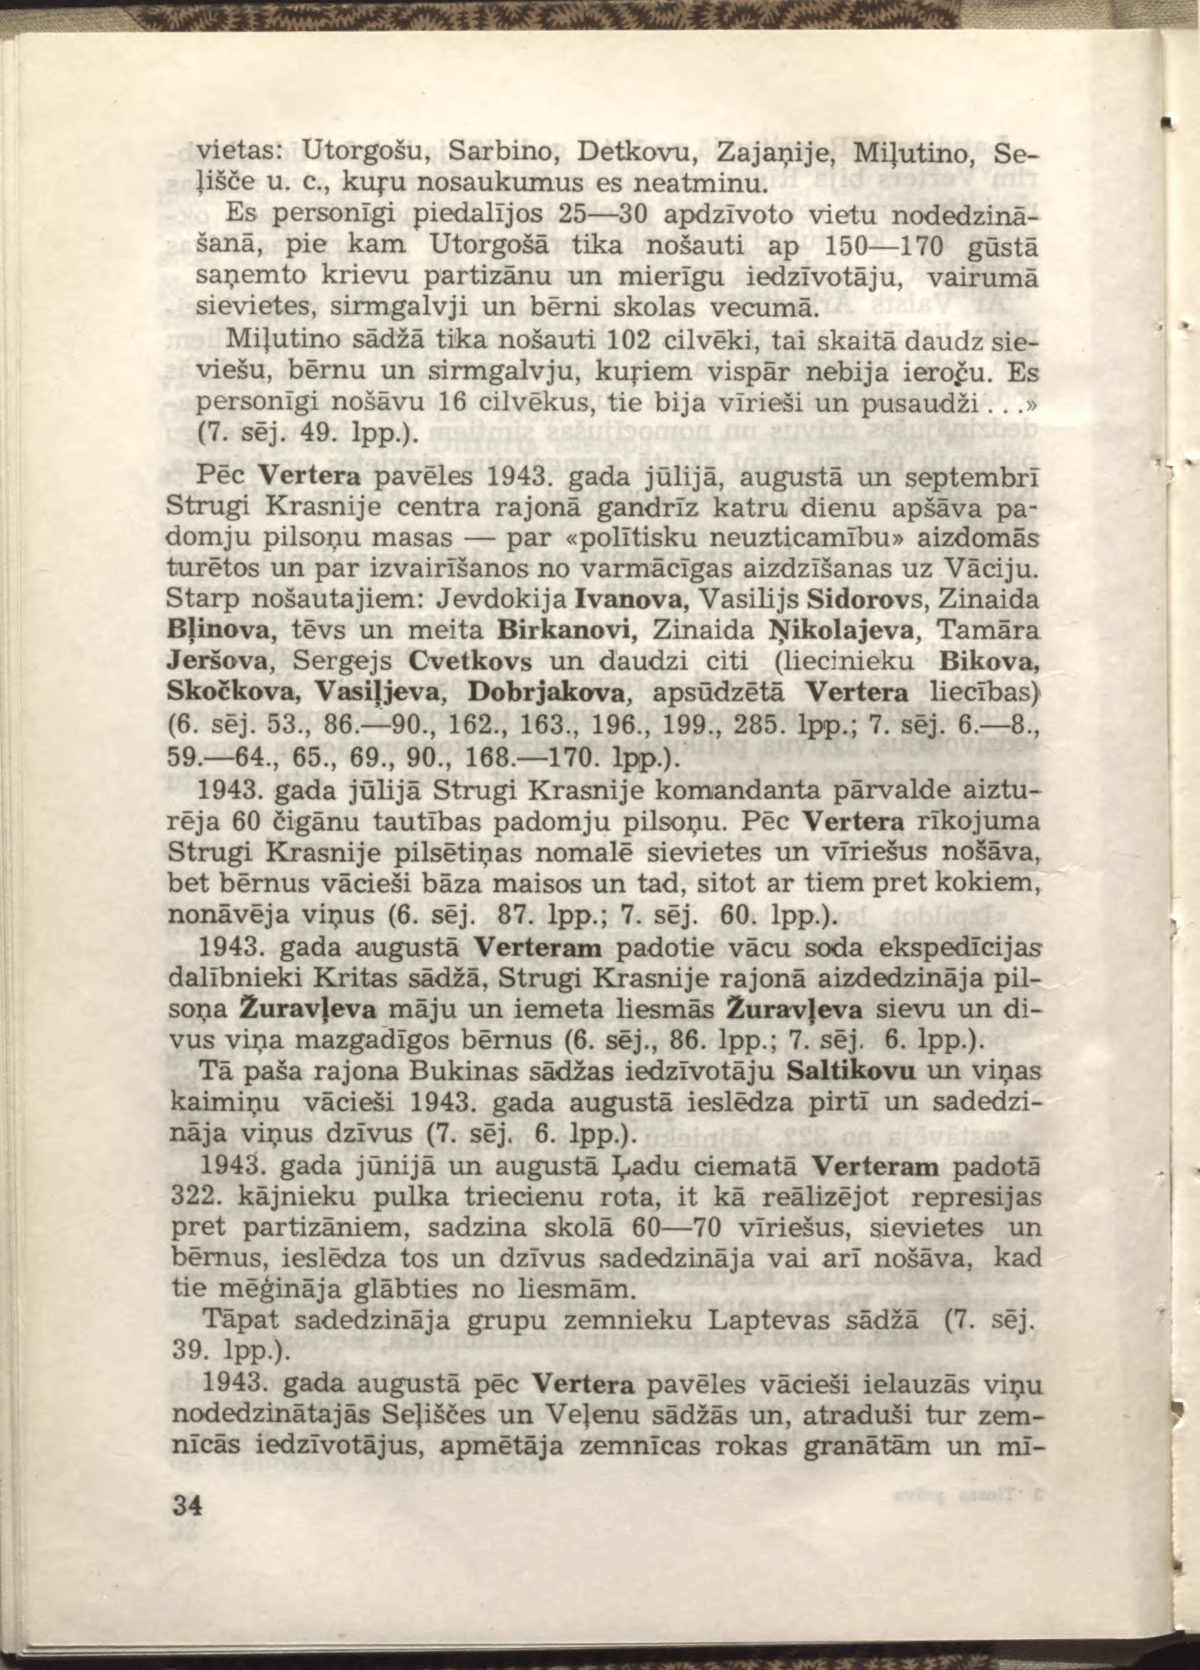
Language: lv